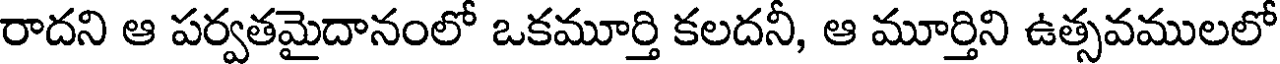
రాదని ఆ పర్వతమైదానంలో ఒకమూర్తి కలదనీ, ఆ మూర్తిని ఉత్సవములలో